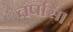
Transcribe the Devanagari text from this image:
तपसि।